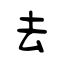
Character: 去